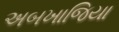
અબખાજિયા